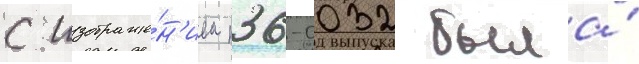
с изображе́н'ием п36-0032 была́